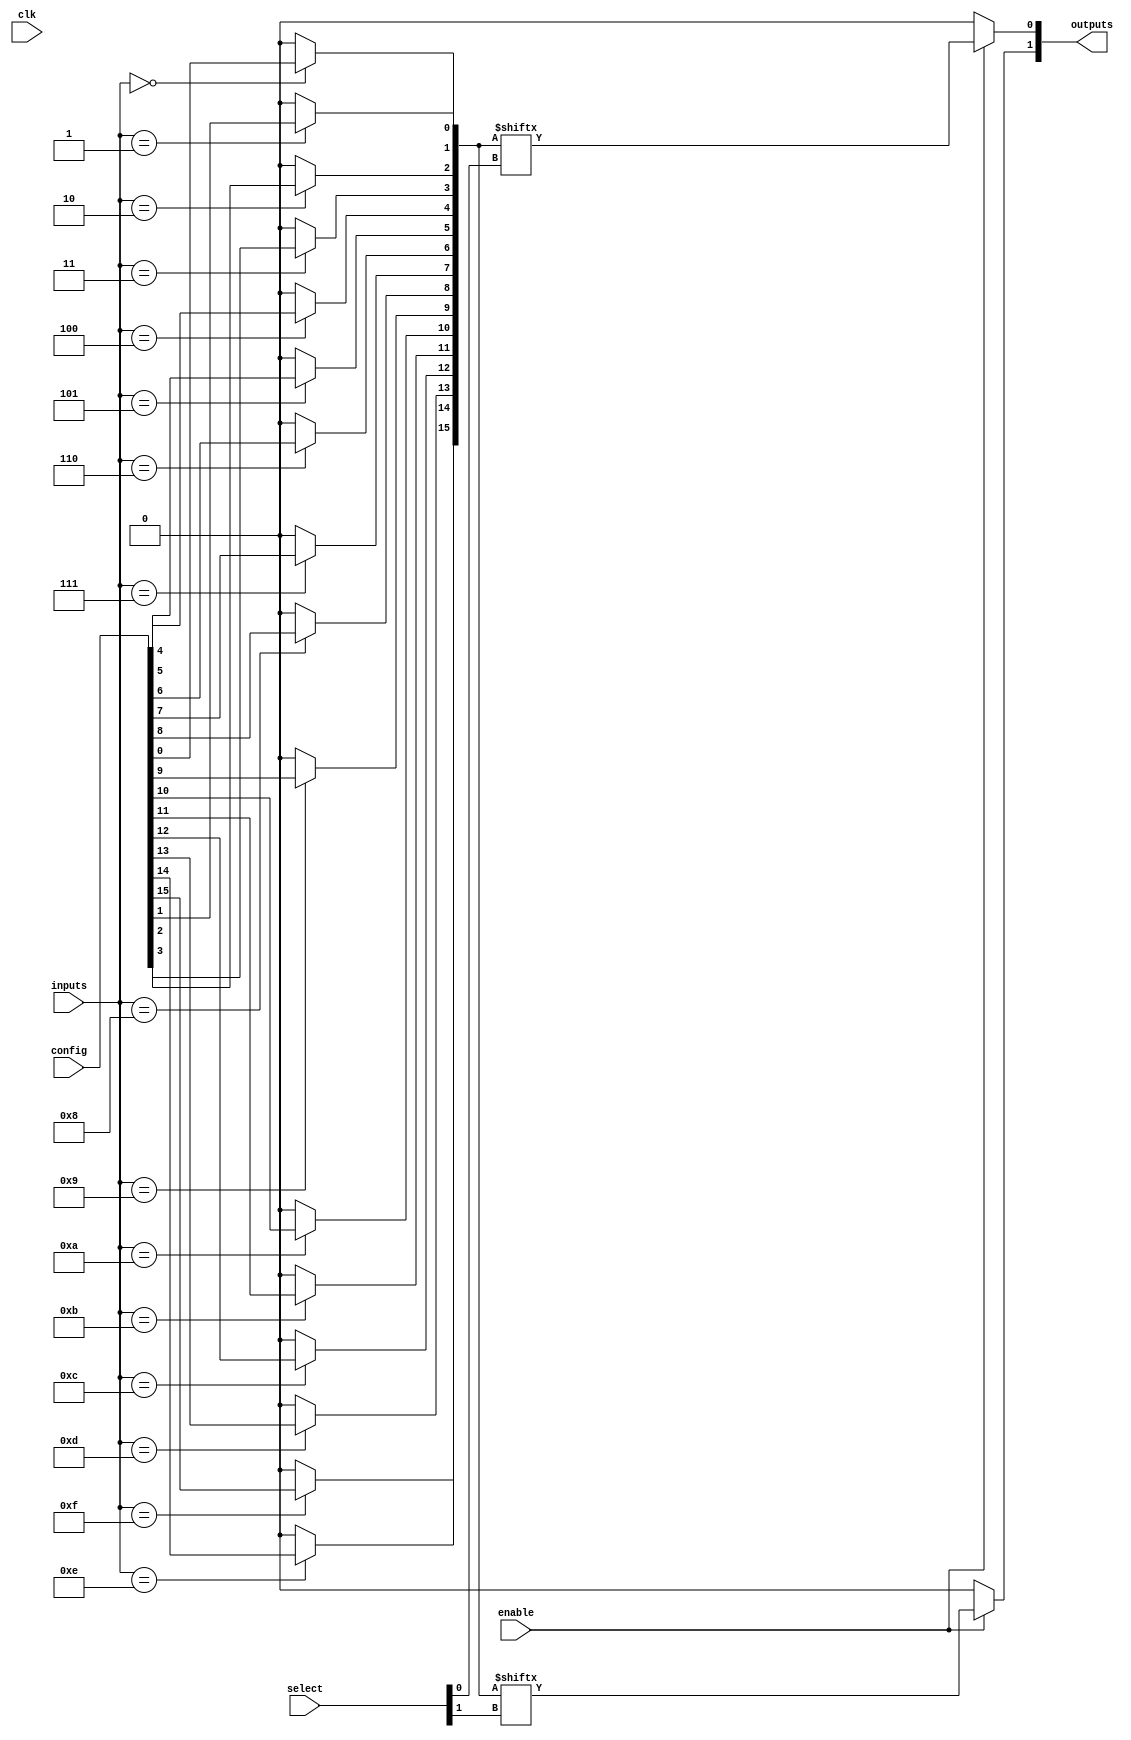
module CLB (
    input wire [N-1:0] inputs,          // Input lines
    input wire [M-1:0] select,          // Multiplexer select lines
    input wire enable,                   // Control signal to enable the logic
    input wire clk,                      // Clock signal for configuration
    input wire [LUT_SIZE-1:0] config,   // Configuration memory for LUT
    output wire [O-1:0] outputs         // Output lines
);
    parameter N = 4;                    // Number of inputs
    parameter O = 2;                    // Number of outputs
    parameter M = 2;                    // Number of multiplexers
    parameter LUT_SIZE = 16;            // Size of the LUT (2^N for N inputs)

    // Internal signals
    wire [LUT_SIZE-1:0] lut_out;        // Output from LUT
    wire [O-1:0] mux_out;                // Output from multiplexers

    // Look-Up Table (LUT) implementation
    generate
        genvar i;
        for (i = 0; i < LUT_SIZE; i = i + 1) begin : lut
            assign lut_out[i] = (inputs == i) ? config[i] : 1'b0;
        end
    endgenerate

    // Multiplexer implementation
    generate
        genvar j;
        for (j = 0; j < O; j = j + 1) begin : mux
            assign mux_out[j] = (enable) ? lut_out[select[j]] : 1'b0;
        end
    endgenerate

    // Output assignment
    assign outputs = mux_out;

endmodule